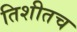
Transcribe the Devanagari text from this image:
तिशीतच